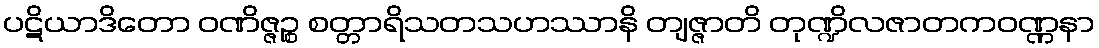
ပဋိယာဒိတော ဝဏိဇ္ဇဉ္စ စတ္တာရိသတသဟဿာနိ တျဇ္ဇာတိ တုဏ္ဍိလဇာတကဝဏ္ဏနာ